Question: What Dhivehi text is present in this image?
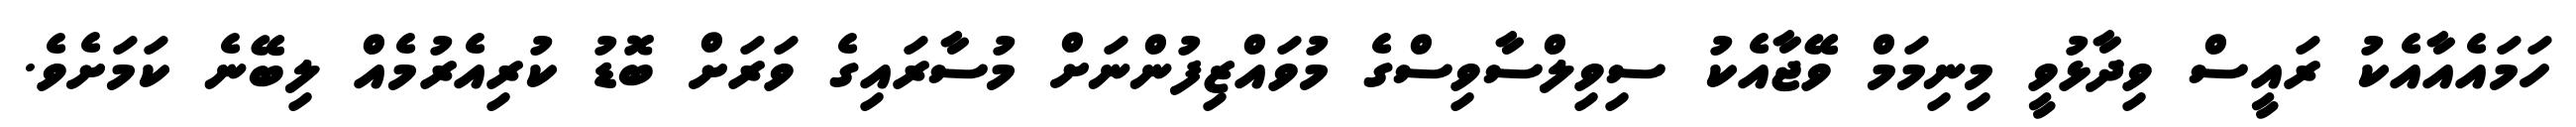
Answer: ހަމައެއާއެކު ރައީސް ވިދާޅުވީ މިނިމަމް ވޭޖާއެކު ސިވިލްސާވިސްގެ މުވައްޒިފުންނަށް މުސާރައިގެ ވަރަށް ބޮޑު ކުރިއެރުމެއް ލިބޭނެ ކަމަށެވެ.